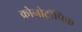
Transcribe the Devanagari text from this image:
क्रोनोट्रॉपिक